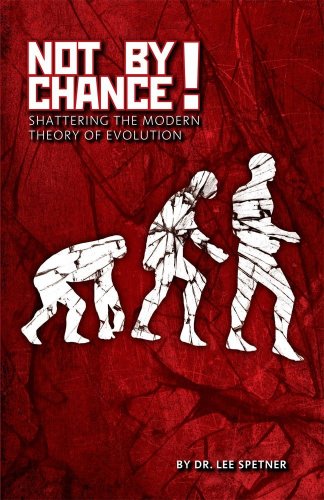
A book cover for Not by Chance! Shattering the Modern Theory of Evolution; Lee M. Spetner; Science & Math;